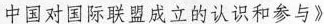
中国对国际联盟成立的认识和参与》